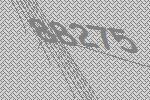
88275